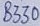
Text: B330